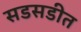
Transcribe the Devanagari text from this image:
सडसडीत